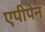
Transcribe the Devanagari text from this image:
एपीपेन